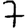
Digit: 7